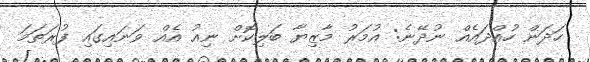
ހަދަން ހުއްދައެއް ނުދޭނެ: އުމަރު މާޒިޔާ ބަލިކޮށް ނިއު އެއް ވަނައިގައި ފުރަތަމަ